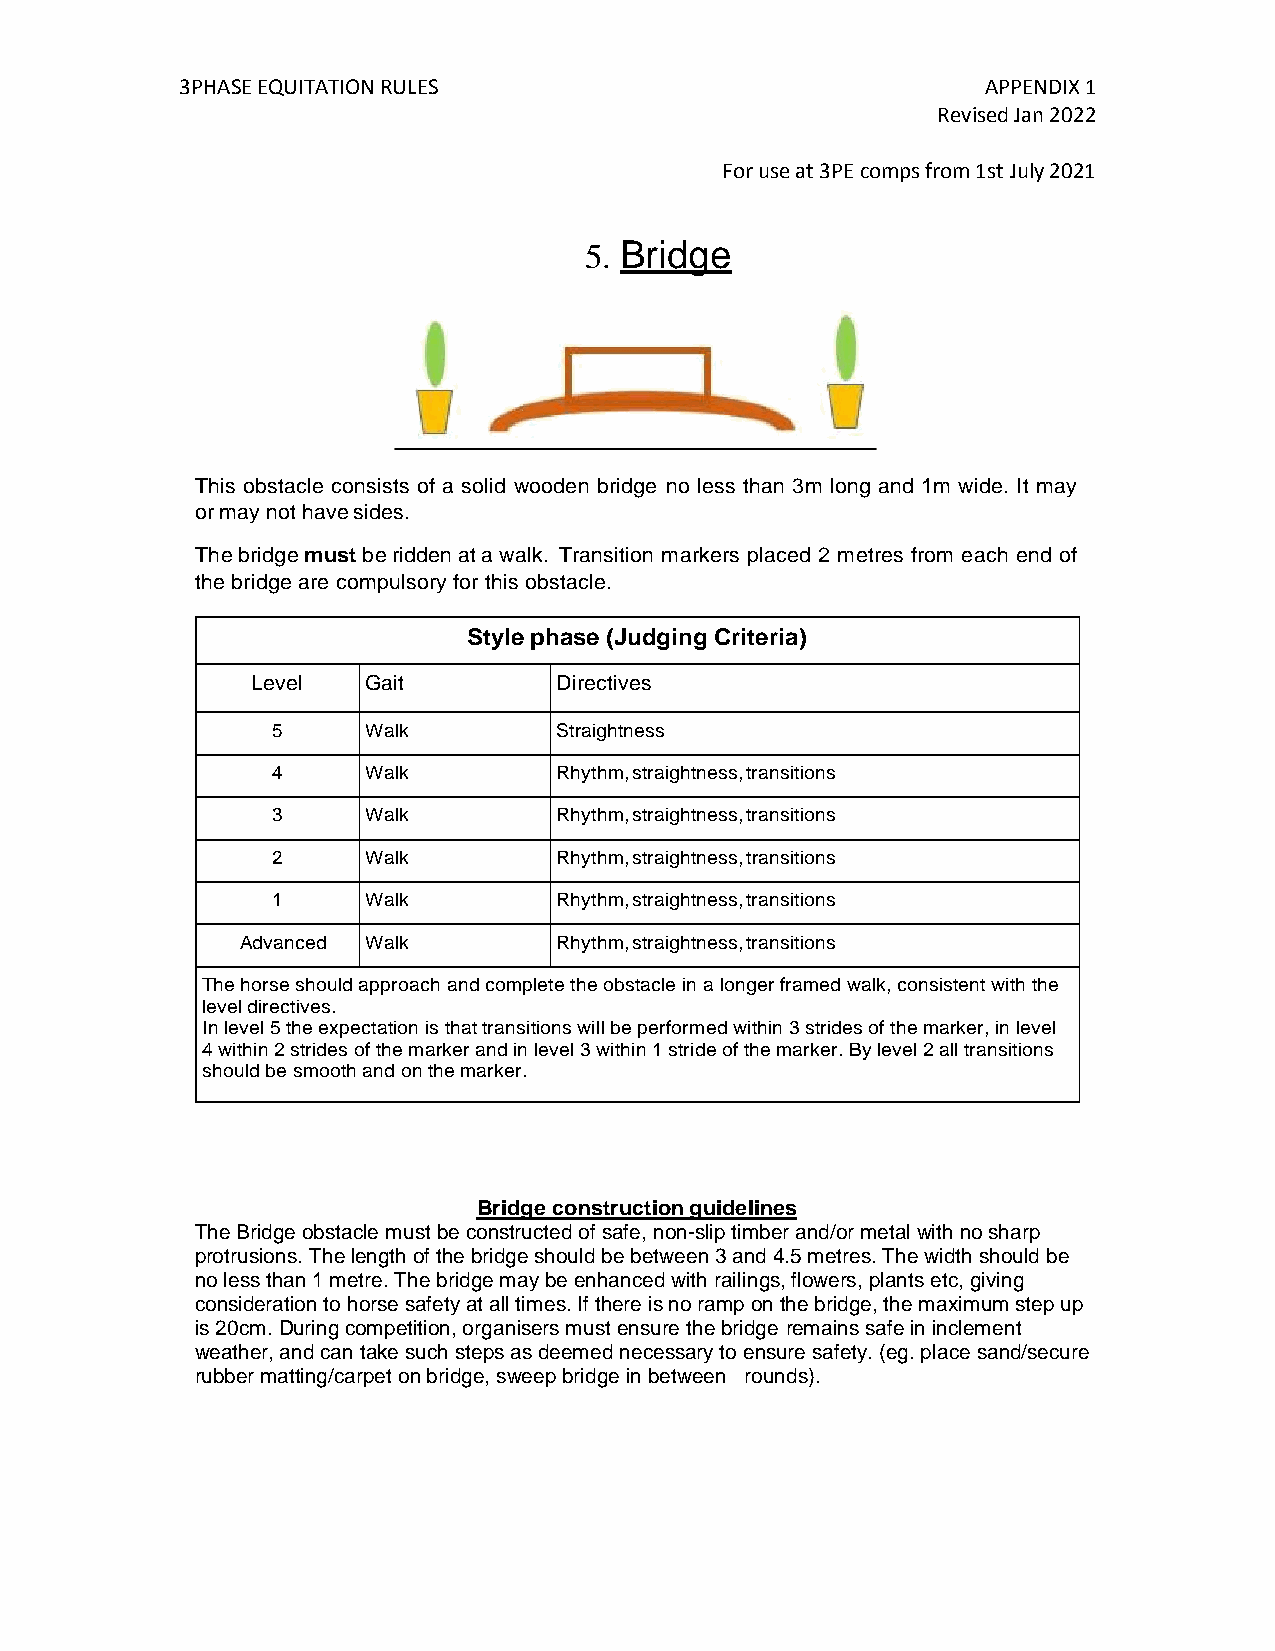
3PHASE EQUITATION RULES                              APPENDIX 1
 Revised Jan 2022
 For use at 3PE comps from 1st July 2021
 5. Bridge
 This obstacle consists of a solid wooden bridge no less than 3m long and 1m wide. It may
 or may not have sides.
 The bridge must be ridden at a walk. Transition markers placed 2 metres from each end of
 the bridge are compulsory for this obstacle.
 Style phase (Judging Criteria)
 Level  Gait         Directives
 5     Walk         Straightness
 4     Walk         Rhythm, straightness, transitions
 3     Walk         Rhythm, straightness, transitions
 2     Walk         Rhythm, straightness, transitions
 1     Walk         Rhythm, straightness, transitions
 Advanced Walk        Rhythm, straightness, transitions
 The horse should approach and complete the obstacle in a longer framed walk, consistent with the
 level directives.
 In level 5 the expectation is that transitions will be performed within 3 strides of the marker, in level
 4 within 2 strides of the marker and in level 3 within 1 stride of the marker. By level 2 all transitions
 should be smooth and on the marker.
 Bridge construction guidelines
 The Bridge obstacle must be constructed of safe, non-slip timber and/or metal with no sharp
 protrusions. The length of the bridge should be between 3 and 4.5 metres. The width should be
 no less than 1 metre. The bridge may be enhanced with railings, flowers, plants etc, giving
 consideration to horse safety at all times. If there is no ramp on the bridge, the maximum step up
 is 20cm. During competition, organisers must ensure the bridge remains safe in inclement
 weather, and can take such steps as deemed necessary to ensure safety. (eg. place sand/secure
 rubber matting/carpet on bridge, sweep bridge in between rounds).